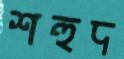
শহুদ